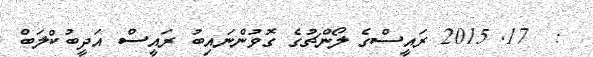
:  17